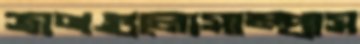
ত্রাণগুলোসাম্প্রাস